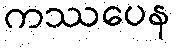
ကဿပေန